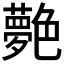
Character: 𦫰